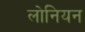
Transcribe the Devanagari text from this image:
लोनियन